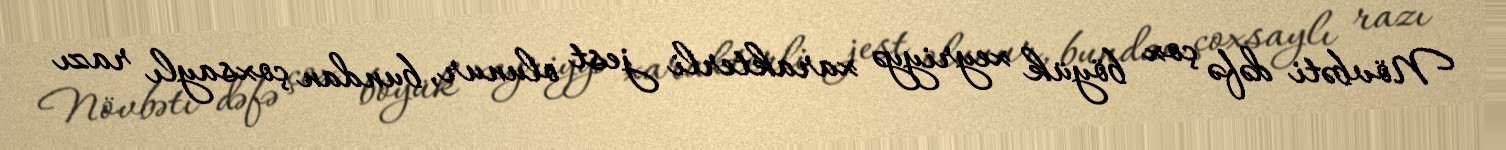
Növbəti dəfə çox böyük xeyriyyə xarakterli jest olunur, bundan çoxsaylı razı